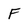
Character: F